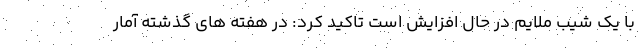
با یک شیب ملایم در حال افزایش است تاکید کرد:‌ در هفته های گذشته آمار